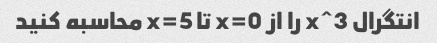
انتگرال x^3 را از x=0 تا x=5 محاسبه کنید